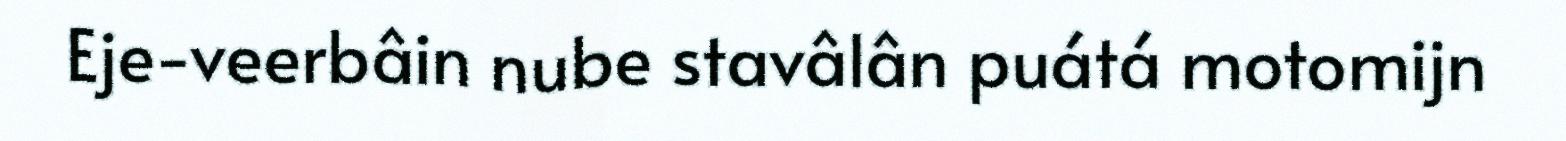
Eje-veerbâin nube stavâlân puátá motomijn